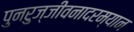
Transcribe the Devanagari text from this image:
पुनरुज्जीवनादरम्यान